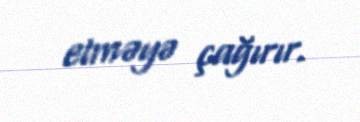
etməyə çağırır.